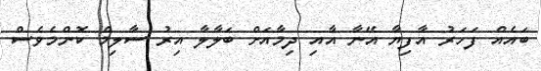
ބައެއް ފަހަރު އާފިޔާ އޭނާ އާއި ދިމާއަށް ބަލާލާ އިރު ސާލިމް ކޮންމެވެސް